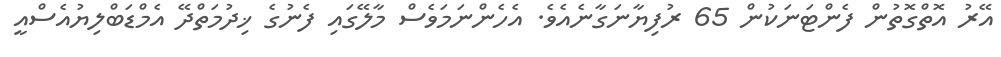
އޭރު އޮތްގޮތުން ފެންޓަނަކުން 65 ރުފިޔާނަގާނެއެވެ. އެހެންނަމަވެސް މާލޭގައި ފެނުގެ ޚިދުމަތްދޭ އެމްޑަބްލިޔުއެސްއީ